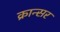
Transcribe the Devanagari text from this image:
क्रान्सर